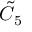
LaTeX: { \tilde { C } } _ { 5 }